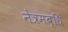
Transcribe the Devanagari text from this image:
नेत्रमब्धिं